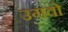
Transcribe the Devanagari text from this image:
उगवो